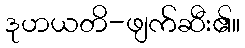
ဒုဟယတိ-ဖျက်ဆီး၏။